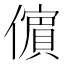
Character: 𭀀